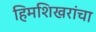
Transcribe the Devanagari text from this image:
हिमशिखरांचा